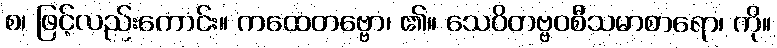
စ၊ ဖြင့်လည်းကောင်း။ ကထေတဗ္ဗော၊ ၏။ သေဝိတဗ္ဗဝစီသမာစာရော၊ ကို။